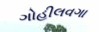
ગોહીલવગા